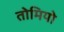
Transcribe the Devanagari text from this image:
तोमियो